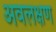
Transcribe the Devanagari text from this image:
अवलक्षण